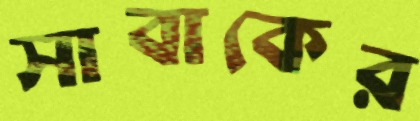
সাবাকের